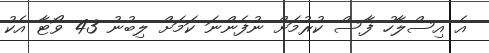
އެ އިސްލާހު ފާސް ކުރުމަށް ނުފެންނަ ކަމަށް ލިބުނު 43 ވޯޓާ އެކު